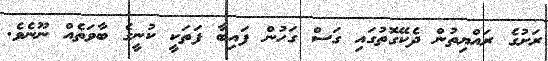
ރަށުގެ ރައްޔިތުން ދެކޭގޮތުގައި ގަސް ގަހުން ފައިބާ ފަތަކީ ކުނީގެ ބާވަތެއް ނޫނެވެ.